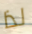
لذا